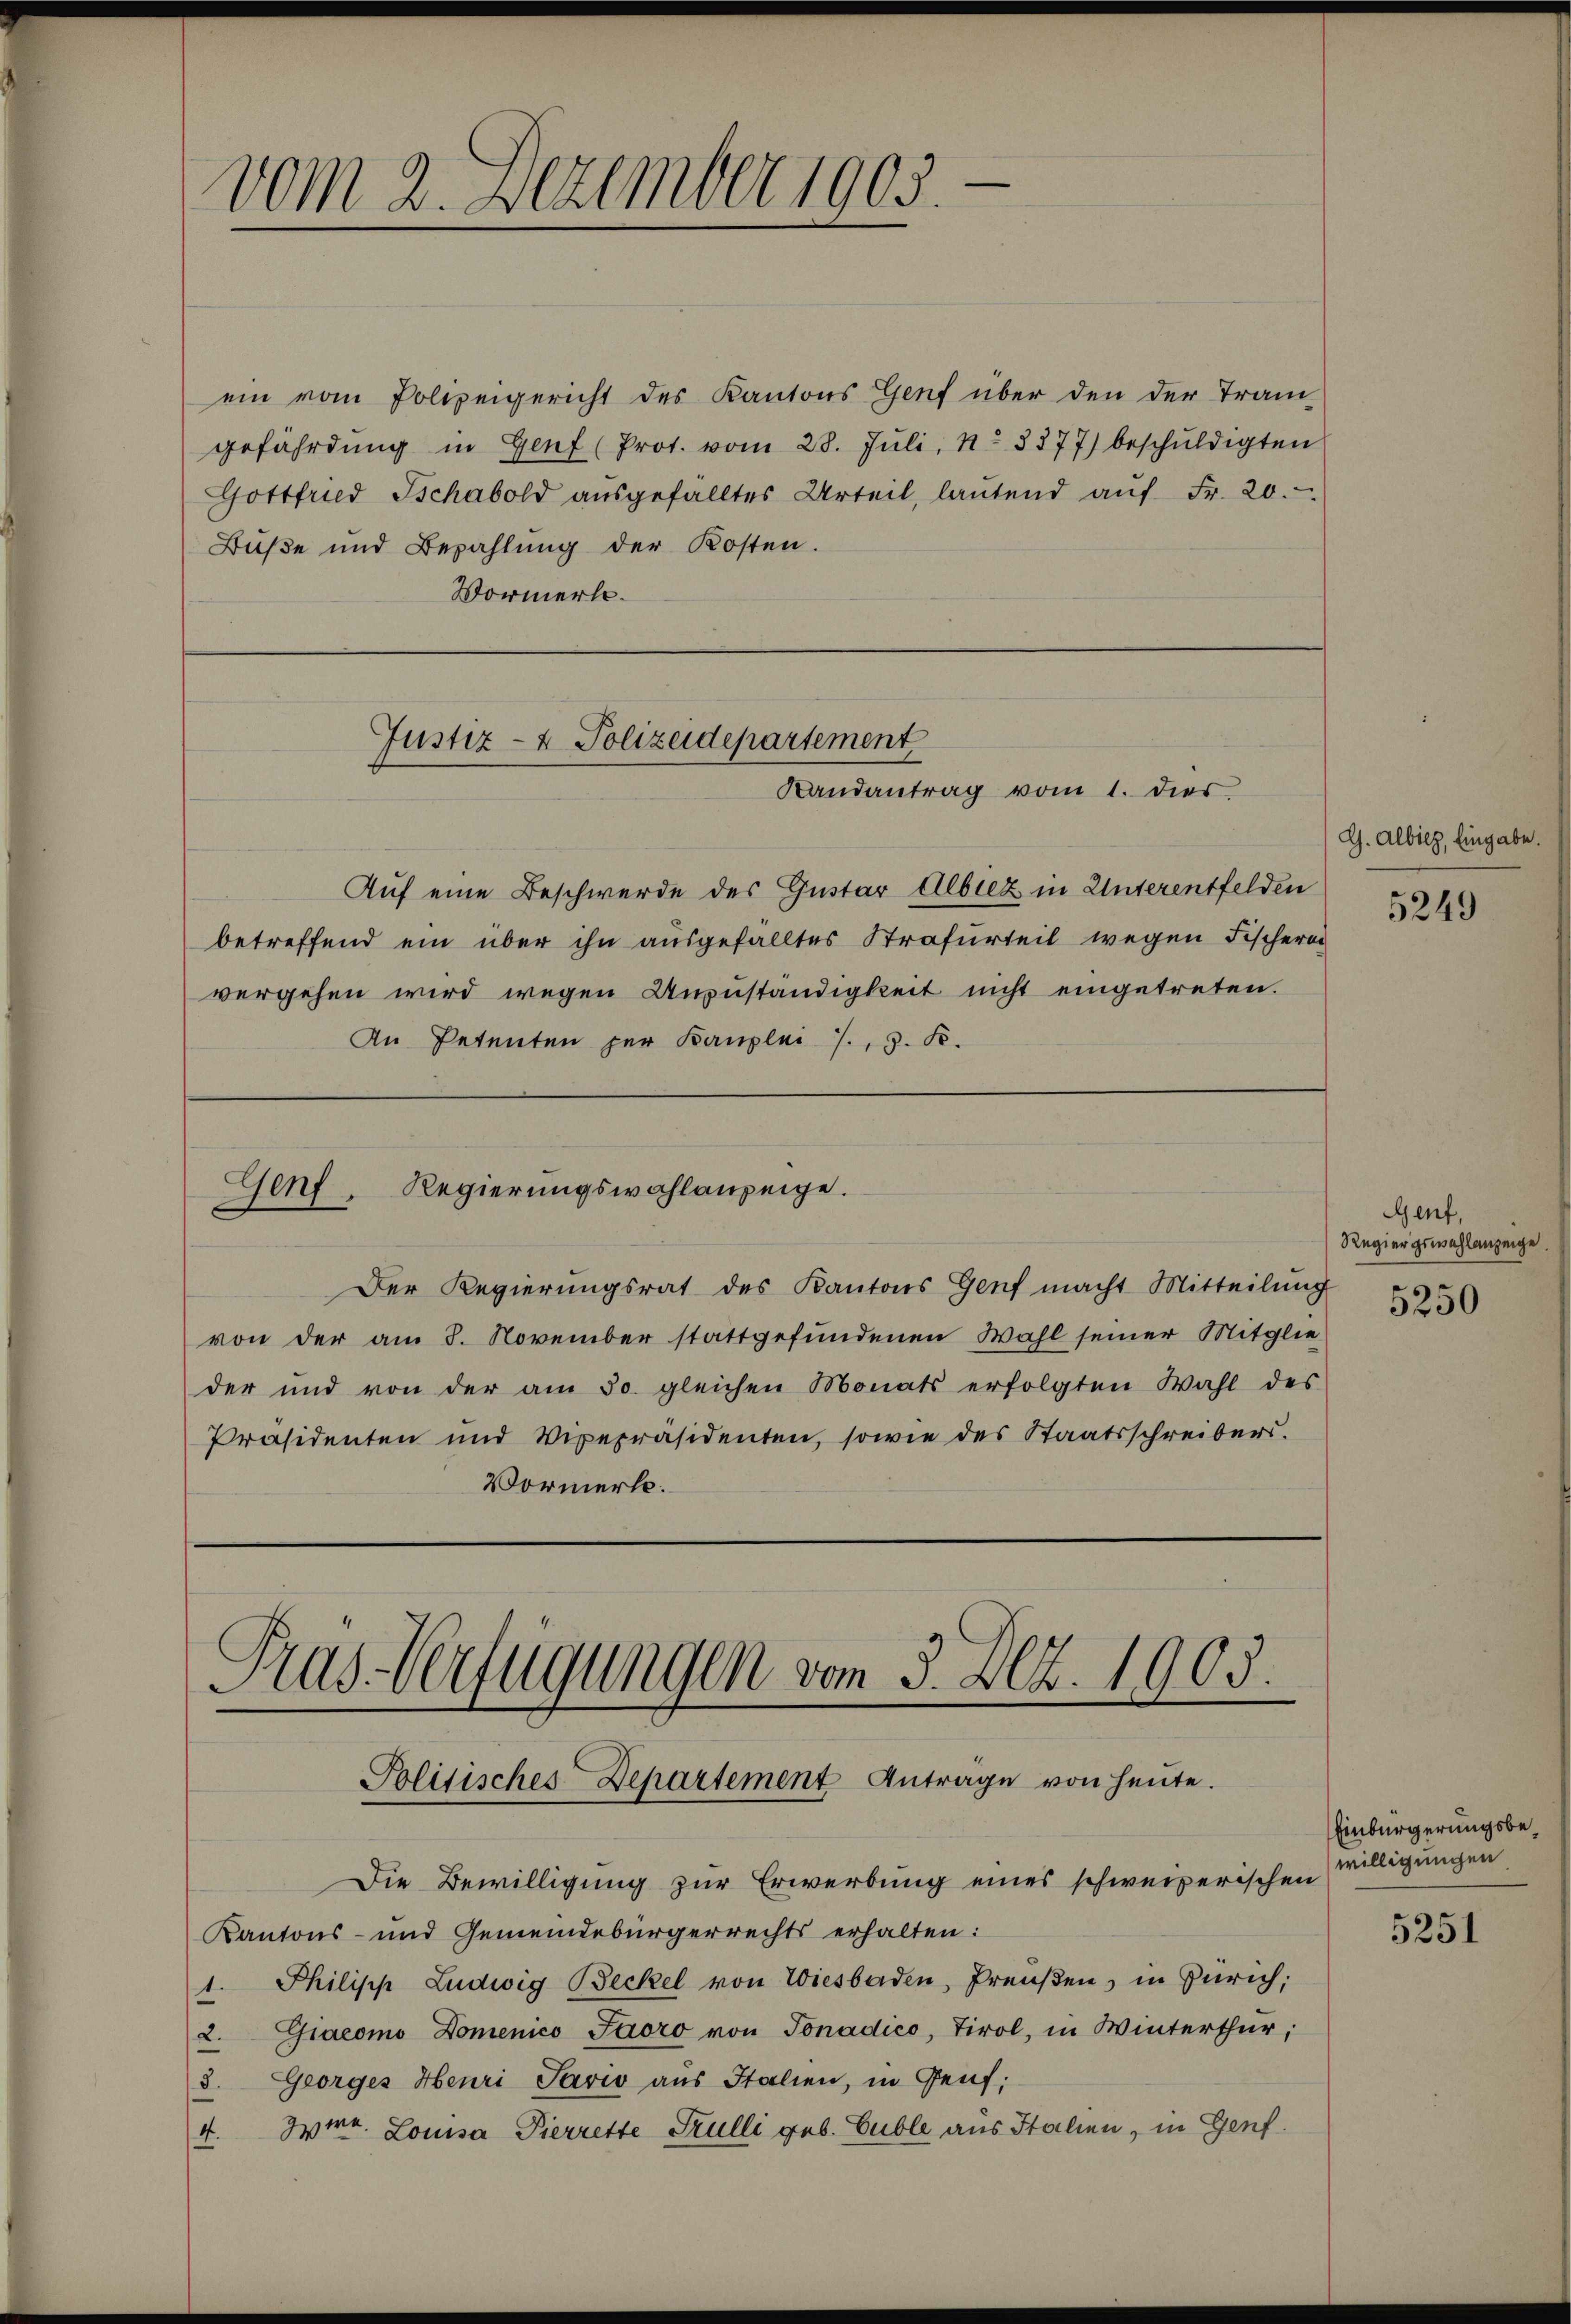
ein vom Polizeigericht des Kantons Genf über den der Tram-
gefährdŭng in Genf (Prot. vom 28. Jŭli, No 8377) beschŭldigten
Gottfried Ischabold aŭsgefalltes Urteil, laŭtend aŭf Fr. 20.
Buße und Bezahlung der Kosten.
Vormerle.

vom 2. Dezember 1905.

Auf eine Beschwerde des Gustar Albiez in Unterentfelden
betreffend ein über ihn ausgefälltes Strafurteil wegen Fischerer
vergehen wird wegen Anzuständigkeit nicht eingetreten.
An Petenten per Kanzlei J. J. K.

Justiz- & Polizeidepartement
Randantrag vom 1. dies

Genf, Regierungswahlanzeige.

Der Regierŭngsrat des Kantons Genf macht Mitteilŭng
von der am 8. November stattgefundenen Wahl seiner Mitglie
der und von der am 30. gleichen Monats erfolgten Wahl des
Präsidenten und Vipepräsidenten, sowie des Staatsschreibers.
Vormerk.

Pras-Verfügungen vom 3. Dez. 1905.

Politisches-Departement Antrage von heute.

Die Bewilligung zur Erwerbung eines schweizerischen
Kantons- und Gemeindebürgerrechts erhalten:
1. Philipp Ludwig Beckel von Wiesbaden, Preŭβen, in Zürich;
2. Giacomo Domenico Paoro von Tonadico, Tirol, in Winterthur;
8. Georges Henri Savio aus Italien, in Genf;
4. Wirr. Louisa Pierrette Kulli geb. Guble aus Italien, in Genf.

G. Albilz, Eingabe.

5249

GGenf,
Regier gewahlanzeige
5250

Einbürgerungsbewilligungen

5251